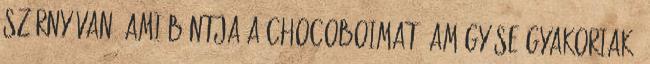
szörny van, ami bántja a chocoboimat. Amúgy se gyakoriak,